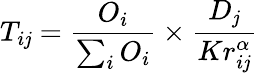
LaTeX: T_{i\mathit{j}}=\frac{{O_{i}}}{{\sum_{i}O_{i}}}\times\frac{{D_{\mathit{j}}}}{{Kr_{i\mathit{j}}^{\alpha}}}